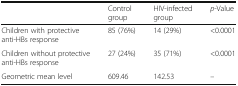
<table><thead><tr><td></td><td><b>Control group</b></td><td><b>HIV-infected group</b></td><td><b><i>p</i>-Value</b></td></tr></thead><tbody><tr><td>Children with protective anti-HBs response</td><td>85 (76%)</td><td>14 (29%)</td><td>&lt;0.0001</td></tr><tr><td>Children without protective anti-HBs response</td><td>27 (24%)</td><td>35 (71%)</td><td>&lt;0.0001</td></tr><tr><td>Geometric mean level</td><td>609.46</td><td>142.53</td><td>–</td></tr></tbody></table>